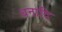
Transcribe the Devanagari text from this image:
धनादि